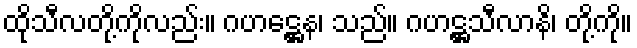
ထိုသီလတို့ကိုလည်း။ ဂဟဋ္ဌေန၊ သည်။ ဂဟဋ္ဌသီလာနိ၊ တို့ကို။